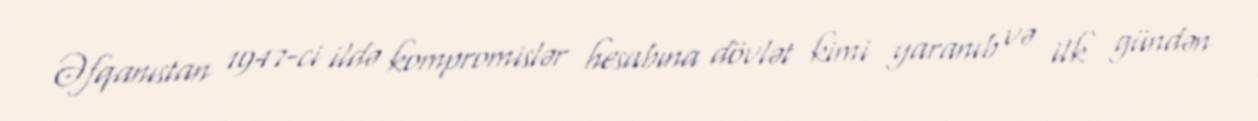
Əfqanıstan 1947-ci ildə kompromislər hesabına dövlət kimi yaranıb və ilk gündən